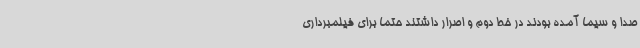
صدا و سیما آمده بودند در خط دوم و اصرار داشتند حتما برای فیلمبرداری